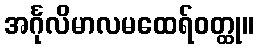
အင်္ဂုလိမာလမထေရ်ဝတ္ထု။